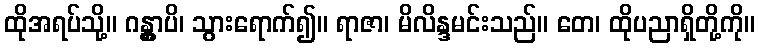
ထိုအရပ်သို့။ ဂန္တွာပိ၊ သွားရောက်၍။ ရာဇာ၊ မိလိန္ဒမင်းသည်။ တေ၊ ထိုပညာရှိတို့ကို။